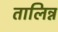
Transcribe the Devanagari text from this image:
तालिन्न